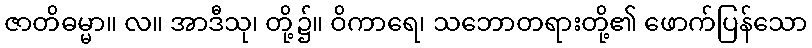
ဇာတိဓမ္မာ။ လ။ အာဒီသု၊ တို့၌။ ဝိကာရေ၊ သဘောတရားတို့၏ ဖောက်ပြန်သော